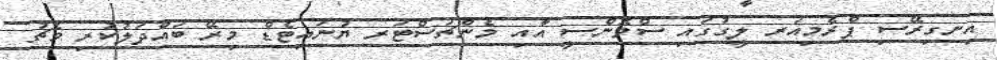
އިނގިރޭސި ޕްރެމިއަރ ލީގުގައި ސްވޮންސީ އާއި މެންޗަސްޓަރ ޔުނައިޓެޑް މިރޭ ބައްދަލުކުރި މެޗު